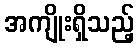
အကျိုးရှိသည့်